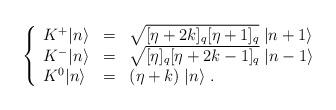
LaTeX: \begin{align*}\left\{\begin{array}{lll}{K}^+ |n\rangle &=& \sqrt{[\eta+2k]_q [\eta+1]_q}\;| n +1 \rangle\\{K}^- |n\rangle &=& \sqrt{[\eta]_q [\eta+2k-1]_q} \;| n-1 \rangle\\{K}^0 |n\rangle &=& (\eta+k) \;| n \rangle \;.\end{array}\right.\end{align*}